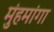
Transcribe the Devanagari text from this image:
मुंहमांगा